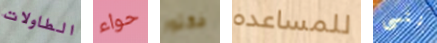
الطاولات حواء فكتور للمساعده ننسى